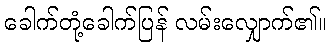
ခေါက်တုံ့ခေါက်ပြန် လမ်းလျှောက်၏။